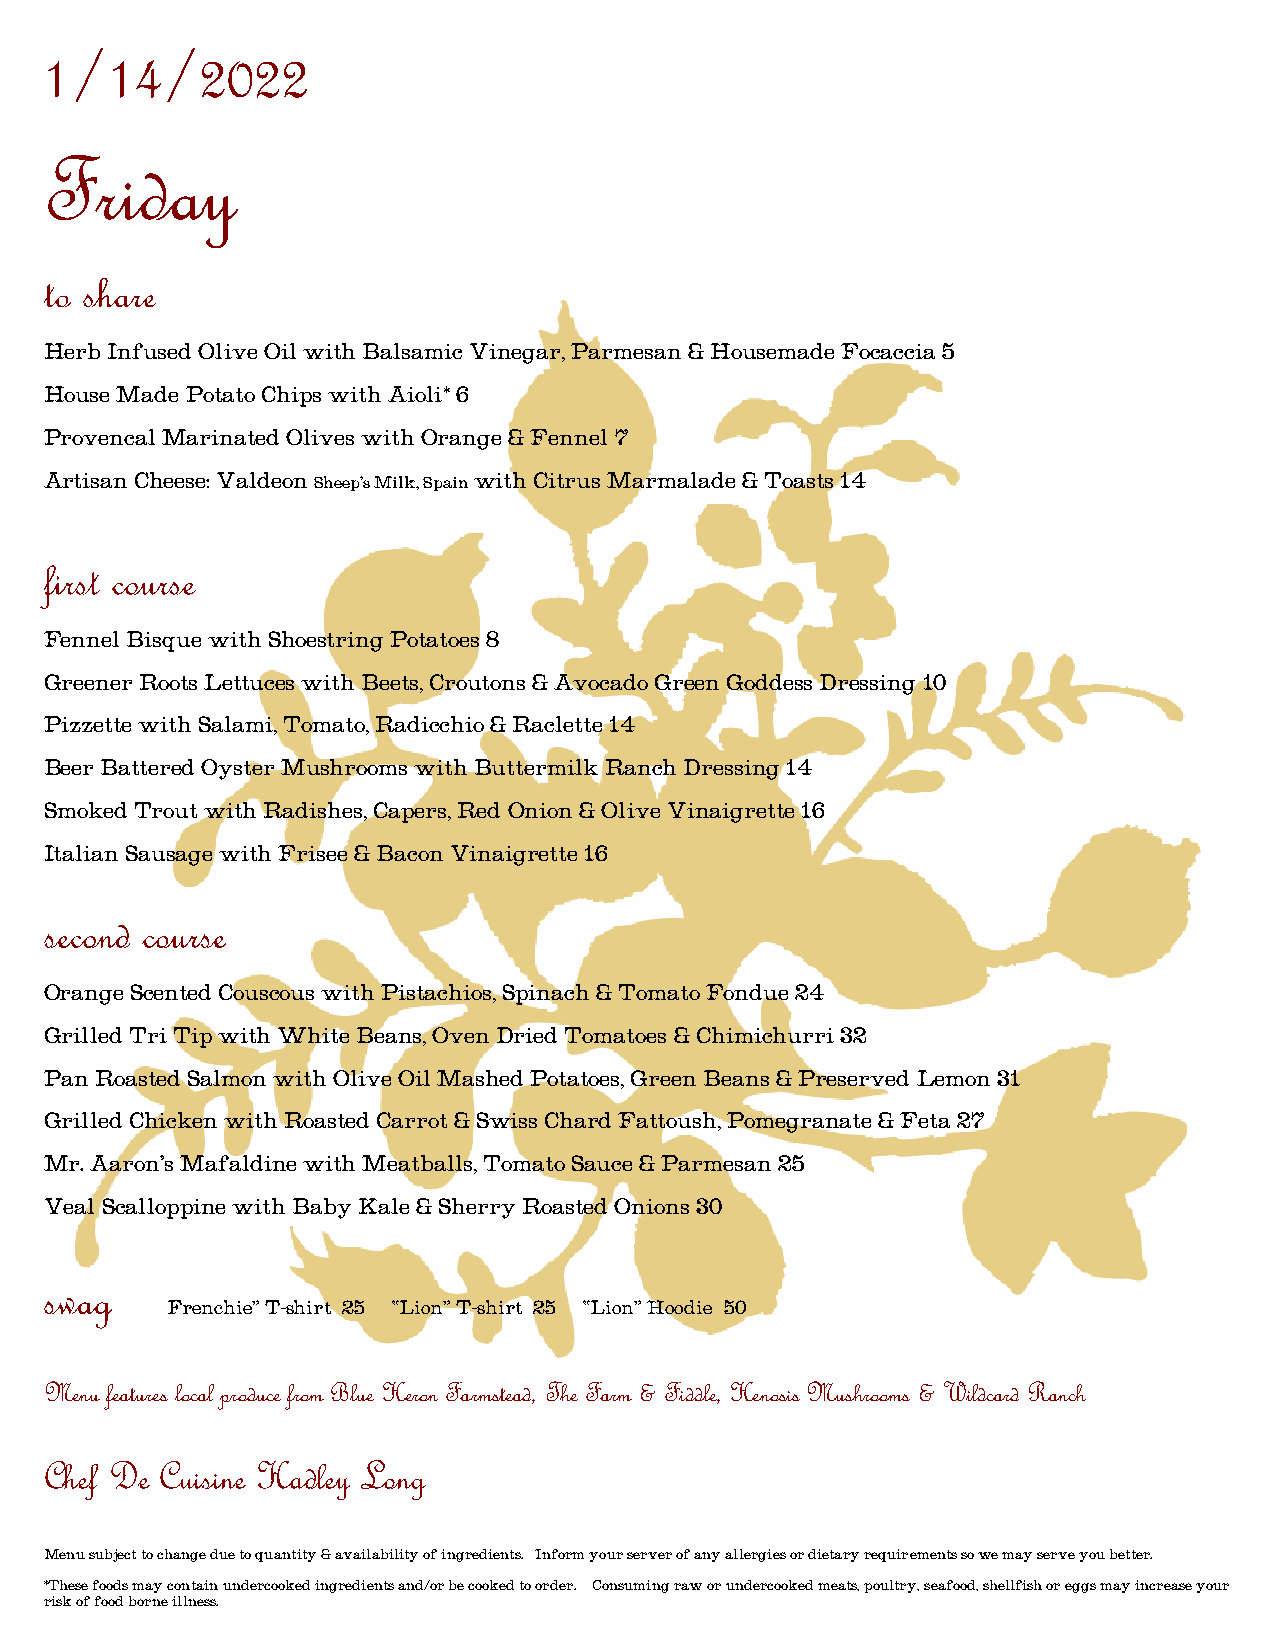
1/14/2022
 Friday
 to share
 Herb Infused Olive Oil with Balsamic Vinegar, Parmesan & Housemade Focaccia 5
 House Made Potato Chips with Aioli* 6
 Provencal Marinated Olives with Orange & Fennel 7
 Artisan Cheese: Valdeon Sheep’s Milk, Spain with Citrus Marmalade & Toasts 14
 first course
 Fennel Bisque with Shoestring Potatoes 8
 Greener Roots Lettuces with Beets, Croutons & Avocado Green Goddess Dressing 10
 Pizzette with Salami, Tomato, Radicchio & Raclette 14
 Beer Battered Oyster Mushrooms with Buttermilk Ranch Dressing 14
 Smoked Trout with Radishes, Capers, Red Onion & Olive Vinaigrette 16
 Italian Sausage with Frisee & Bacon Vinaigrette 16
 second course
 Orange Scented Couscous with Pistachios, Spinach & Tomato Fondue 24
 Grilled Tri Tip with White Beans, Oven Dried Tomatoes & Chimichurri 32
 Pan Roasted Salmon with Olive Oil Mashed Potatoes, Green Beans & Preserved Lemon 31
 Grilled Chicken with Roasted Carrot & Swiss Chard Fattoush, Pomegranate & Feta 27
 Mr. Aaron’s Mafaldine with Meatballs, Tomato Sauce & Parmesan 25
 Veal Scalloppine with Baby Kale & Sherry Roasted Onions 30
 swag
 “Frenchie” T-shirt 25 “Lion” T-shirt 25 “Lion” Hoodie 50
 Menu features local produce from Blue Heron Farmstead, The Farm & Fiddle, Henosis Mushrooms & Wildcard Ranch
 Chef De Cuisine Hadley Long
 Menu subject to change due to quantity & availability of ingredients. Inform your server of any allergies or dietary requirements so we may serve you better.
 *These foods may contain undercooked ingredients and/or be cooked to order. Consuming raw or undercooked meats, poultry, seafood, shellfish or eggs may increase your
 risk of food borne illness.